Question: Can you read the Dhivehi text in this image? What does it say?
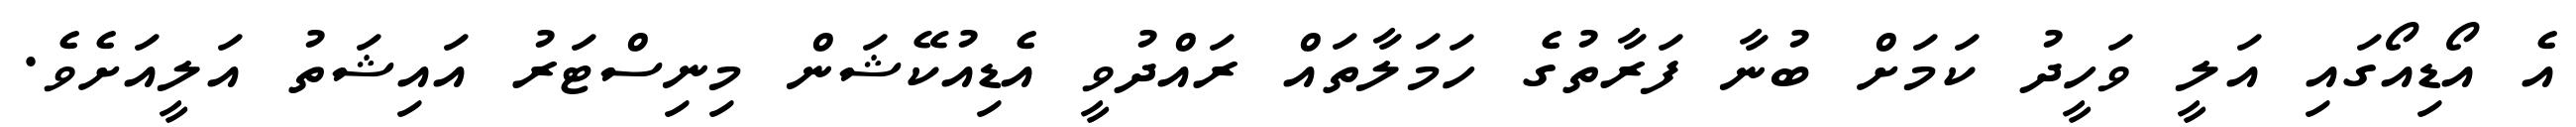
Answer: އެ އޯޑިއޯގައި އަލީ ވަހީދު ކަމަށް ބުނާ ފަރާތުގެ ހަމަލާތައް ރައްދުވީ އެޑިއުކޭޝަން މިނިސްޓަރު އައިޝަތު އަލީއަށެވެ.